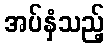
အပ်နှံသည့်